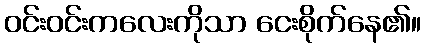
ဝင်းဝင်းကလေးကိုသာ ငေးစိုက်နေ၏။